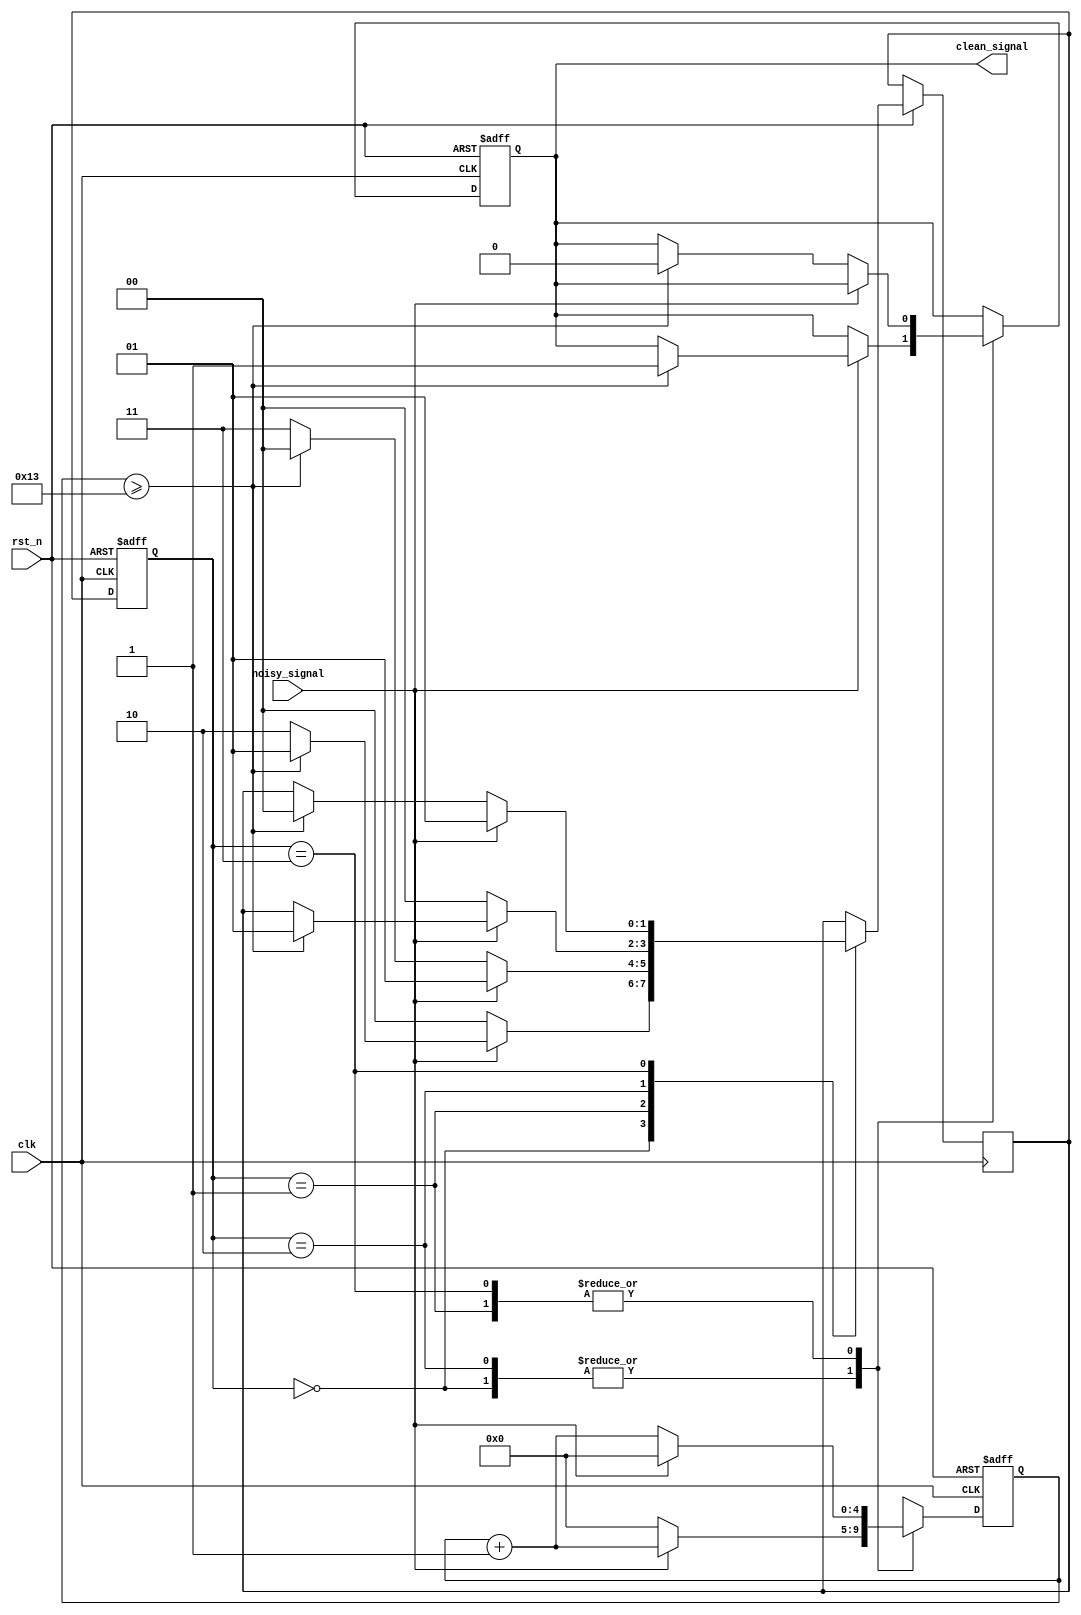
module DebouncedEdgeDetector (
    input wire clk,              // Clock input
    input wire rst_n,            // Active low reset
    input wire noisy_signal,      // Noisy input signal
    output reg clean_signal       // Debounced output signal
);

    // Parameters for debounce timing
    parameter DEBOUNCE_TIME = 20; // Number of clock cycles for debounce

    // State registers
    reg [1:0] state;              // Current state (0: stable low, 1: stable high)
    reg [1:0] next_state;         // Next state
    reg [4:0] debounce_counter;    // Counter for debounce timing

    // State encoding
    localparam STABLE_LOW = 2'b00;
    localparam STABLE_HIGH = 2'b01;
    localparam RISING_EDGE = 2'b10;
    localparam FALLING_EDGE = 2'b11;

    // Sequential logic for state transition and debounce counter
    always @(posedge clk or negedge rst_n) begin
        if (!rst_n) begin
            state <= STABLE_LOW;
            clean_signal <= 0;
            debounce_counter <= 0;
        end else begin
            // Update state based on debounce counter
            case (state)
                STABLE_LOW: begin
                    if (noisy_signal) begin
                        debounce_counter <= debounce_counter + 1;
                        if (debounce_counter >= DEBOUNCE_TIME - 1) begin
                            next_state <= STABLE_HIGH;
                            clean_signal <= 1; // Rising edge detected
                        end else begin
                            next_state <= RISING_EDGE;
                        end
                    end else begin
                        debounce_counter <= 0;
                        next_state <= STABLE_LOW;
                    end
                end

                STABLE_HIGH: begin
                    if (!noisy_signal) begin
                        debounce_counter <= debounce_counter + 1;
                        if (debounce_counter >= DEBOUNCE_TIME - 1) begin
                            next_state <= STABLE_LOW;
                            clean_signal <= 0; // Falling edge detected
                        end else begin
                            next_state <= FALLING_EDGE;
                        end
                    end else begin
                        debounce_counter <= 0;
                        next_state <= STABLE_HIGH;
                    end
                end

                RISING_EDGE: begin
                    if (noisy_signal) begin
                        debounce_counter <= debounce_counter + 1;
                        if (debounce_counter >= DEBOUNCE_TIME - 1) begin
                            next_state <= STABLE_HIGH;
                            clean_signal <= 1; // Confirm stable high
                        end
                    end else begin
                        debounce_counter <= 0;
                        next_state <= STABLE_LOW; // Reset to stable low
                    end
                end

                FALLING_EDGE: begin
                    if (!noisy_signal) begin
                        debounce_counter <= debounce_counter + 1;
                        if (debounce_counter >= DEBOUNCE_TIME - 1) begin
                            next_state <= STABLE_LOW;
                            clean_signal <= 0; // Confirm stable low
                        end
                    end else begin
                        debounce_counter <= 0;
                        next_state <= STABLE_HIGH; // Reset to stable high
                    end
                end

                default: begin
                    next_state <= STABLE_LOW;
                end
            endcase

            // Update the state
            state <= next_state;
        end
    end

endmodule